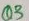
Text: Q3